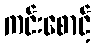
ကင်းစောင့်